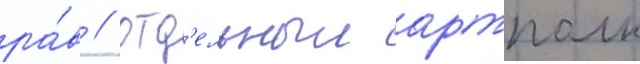
ра́в / отд'ельныи артполк